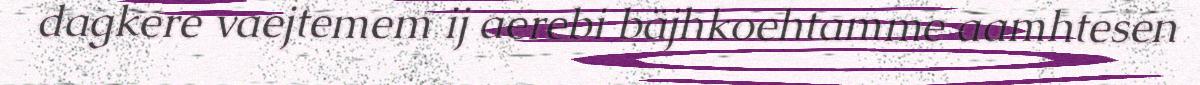
dagkere vaejtemem ij aerebi bäjhkoehtamme aamhtesen